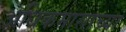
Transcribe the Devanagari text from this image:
अधिकमासाच्या